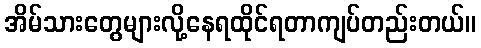
အိမ်သားတွေများလို့နေရထိုင်ရတာကျပ်တည်းတယ်။